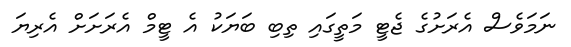
ނަމަވެސް އެރަށުގެ ޖެޓީ މަތީގައި ތިބި ބަޔަކު އެ ޓީމް އެރަށަށް އެރިޔަ